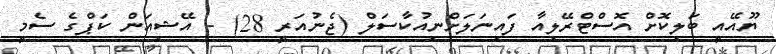
ޔޫއޭއީ ބަލިކޮށް އޮސްޓްރޭލިއާ ފައިނަލަށްނިއުކާސަލް (ޖެނުއަރީ 28) - އޭޝިއަން ކަޕްގެ ސެމީ